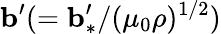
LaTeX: {\mathbf{b}}^{\prime}(={\mathbf{b}}_{\ast}^{\prime}/(\mu_{0}\rho)^{1/2})